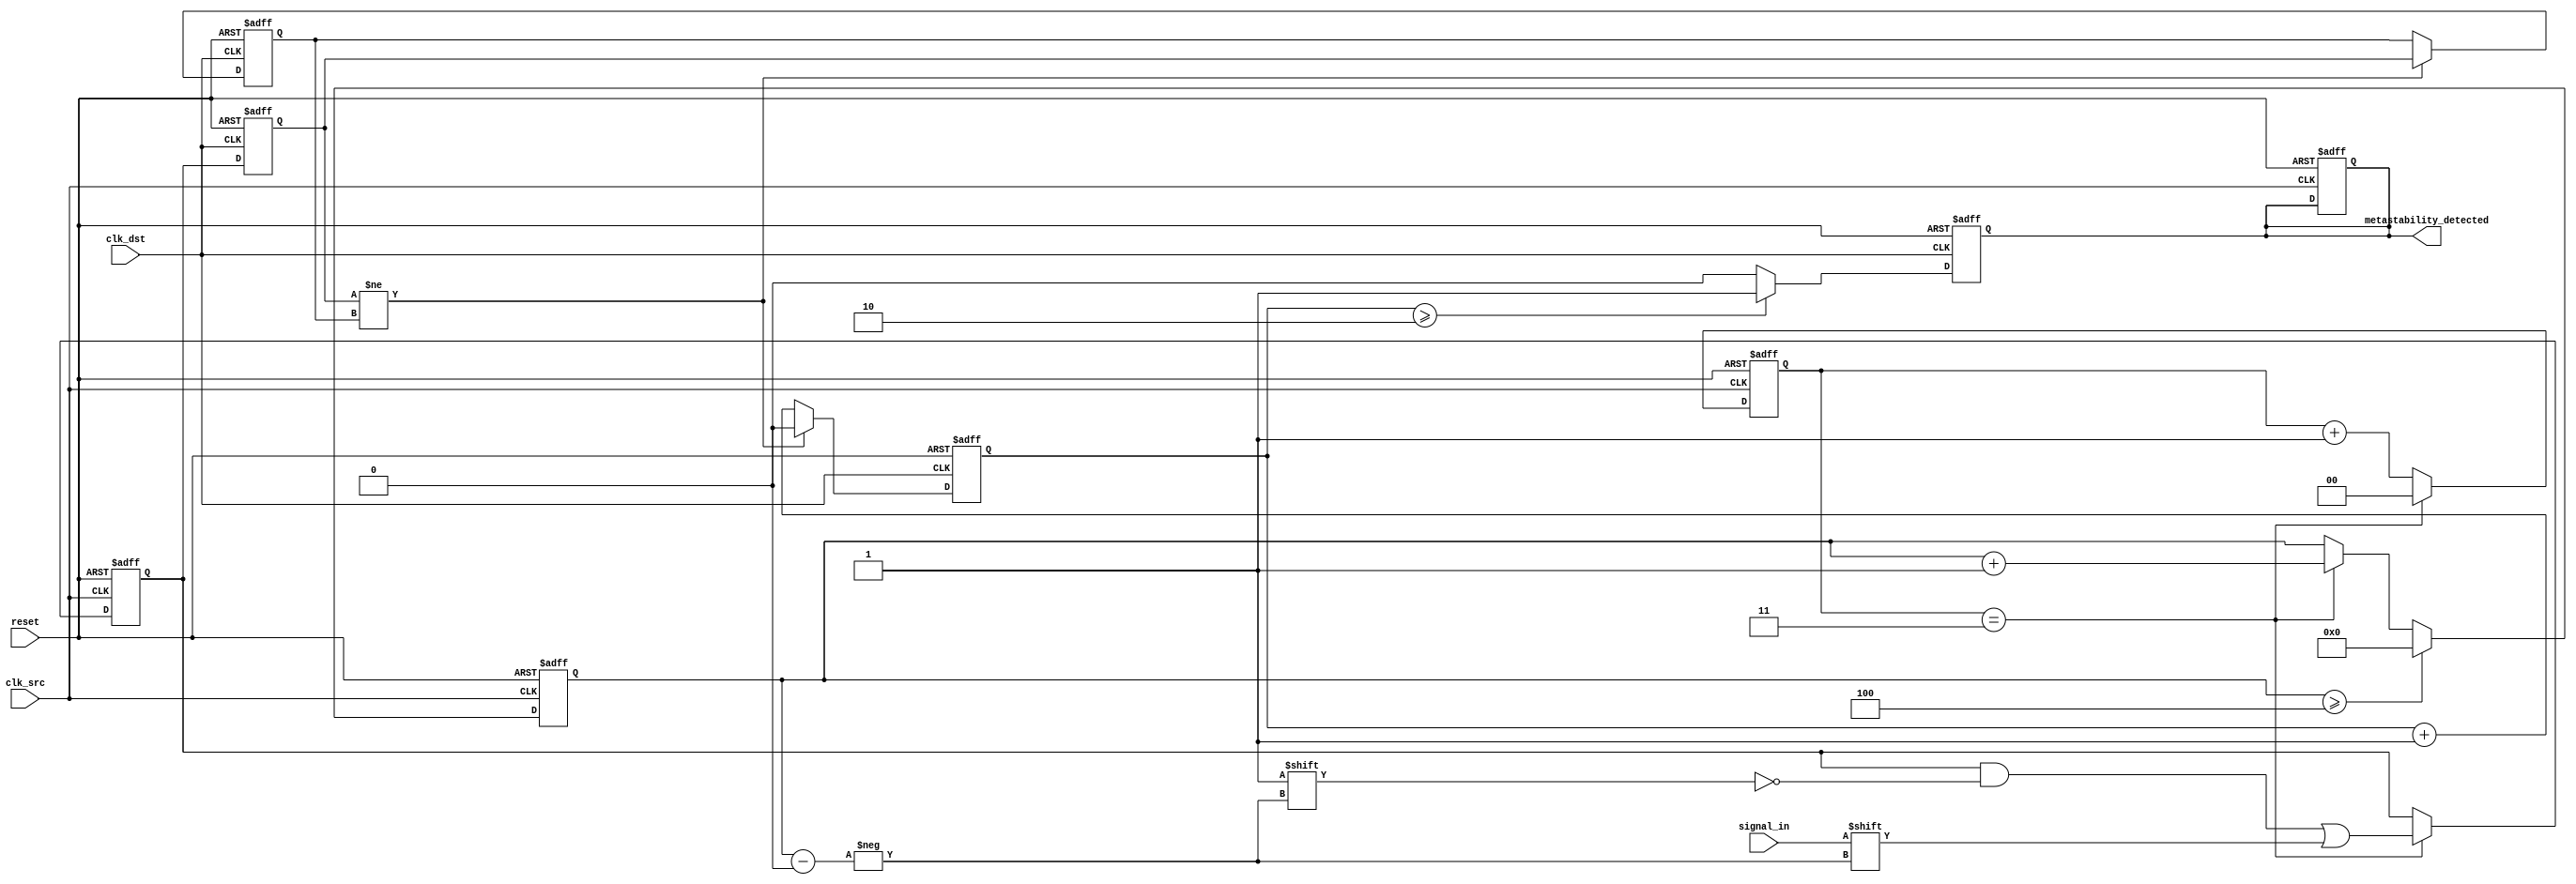
module metastability_detector (
    input wire clk_src,          // Source clock
    input wire clk_dst,          // Destination clock
    input wire reset,            // Reset signal
    input wire signal_in,        // Incoming signal to be sampled
    output reg metastability_detected // Output signal indicating metastability
);

    // Parameters
    parameter NUM_SAMPLES = 4;  // Number of samples to take
    parameter STABILITY_THRESHOLD = 2; // Threshold for stability detection

    // Memory blocks for sampling
    reg [NUM_SAMPLES-1:0] samples;
    reg [NUM_SAMPLES-1:0] stable_samples;
    reg [NUM_SAMPLES-1:0] sample_count;

    // Random sampling mechanism (simple counter for demonstration)
    reg [1:0] random_sample_trigger; // Random trigger for sampling
    reg [1:0] random_sample_counter; // Counter for random sampling intervals

    // Metastability detection logic
    reg [NUM_SAMPLES-1:0] last_samples;
    reg metastability_flag;

    // Reset and calibration logic
    always @(posedge clk_src or posedge reset) begin
        if (reset) begin
            samples <= 0;
            sample_count <= 0;
            metastability_detected <= 0;
            random_sample_trigger <= 0;
            random_sample_counter <= 0;
        end else begin
            // Random sampling mechanism
            random_sample_counter <= random_sample_counter + 1;
            if (random_sample_counter == 2'b11) begin // Trigger sampling every 4 cycles
                samples[sample_count] <= signal_in;
                sample_count <= sample_count + 1;
                random_sample_counter <= 0;
            end
            if (sample_count >= NUM_SAMPLES) begin
                sample_count <= 0; // Reset sample count after reaching NUM_SAMPLES
            end
        end
    end

    // Sampling on destination clock
    always @(posedge clk_dst or posedge reset) begin
        if (reset) begin
            stable_samples <= 0;
            metastability_detected <= 0;
            last_samples <= 0;
            metastability_flag <= 0;
        end else begin
            // Capture the sampled values
            last_samples <= samples;

            // Check for stability
            if (last_samples != stable_samples) begin
                stable_samples <= last_samples;
                metastability_flag <= 0; // Reset flag if stable
            end else begin
                metastability_flag <= metastability_flag + 1;
            end

            // Detect metastability based on stability threshold
            if (metastability_flag >= STABILITY_THRESHOLD) begin
                metastability_detected <= 1; // Metastability detected
            end else begin
                metastability_detected <= 0; // Clear flag if stable
            end
        end
    end

endmodule